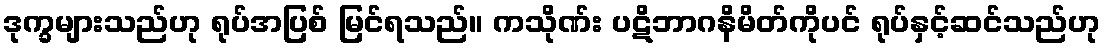
ဒုက္ခများသည်ဟု ရုပ်အပြစ် မြင်ရသည်။ ကသိုဏ်း ပဋိဘာဂနိမိတ်ကိုပင် ရုပ်နှင့်ဆင်သည်ဟု